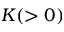
K ( > 0 )